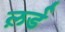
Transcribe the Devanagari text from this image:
ल़र्ड